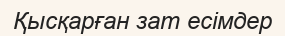
Қысқарған зат есімдер